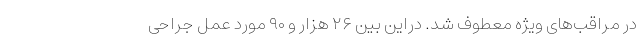
در مراقب‌های ویژه معطوف شد. دراین بین ۲۶ هزار و ۹۰ مورد عمل جراحی